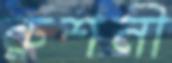
রুশনী